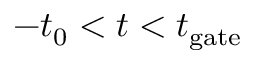
- t _ { 0 } < t < t _ { \mathrm { g a t e } }